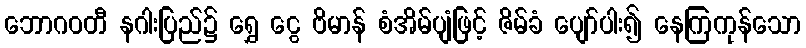
ဘောဂဝတီ နဂါးပြည်၌ ရွှေ ငွေ ဗိမာန် စံအိမ်ပျံဖြင့် ဇိမ်ခံ ပျော်ပါး၍ နေကြကုန်သော